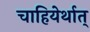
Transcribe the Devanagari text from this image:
चाहियेर्थात्